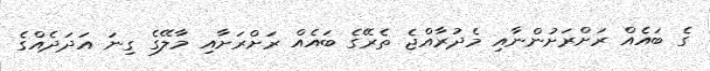
ގެ ބައެއް ރަށްރަށުންނާއި މެދުރާއްޖެ ތެރޭގެ ބައެއް ރަށްރަށާއި މާލޭގެ ގިނަ އަދަދެއްގެ